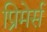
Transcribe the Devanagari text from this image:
प्रिमेर्स